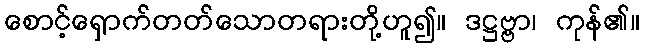
စောင့်ရှောက်တတ်သောတရားတို့ဟူ၍။ ဒဋ္ဌဗ္ဗာ၊ ကုန်၏။